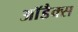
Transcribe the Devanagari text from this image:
आॅडैक्स